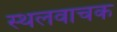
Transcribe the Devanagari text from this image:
स्थलवाचक